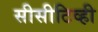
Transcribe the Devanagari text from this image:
सीसीटिव्ही